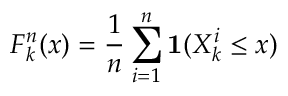
F _ { k } ^ { n } ( x ) = { \frac { 1 } { n } } \sum _ { i = 1 } ^ { n } \mathbf { 1 } ( X _ { k } ^ { i } \leq x )